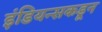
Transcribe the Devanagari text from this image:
इंडियन्सकडून